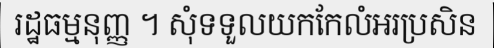
រដ្ឋធម្មនុញ្ញ ។ សុំទទួលយកកែលំអរប្រសិន